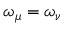
\omega _ { \mu } = \omega _ { \nu }